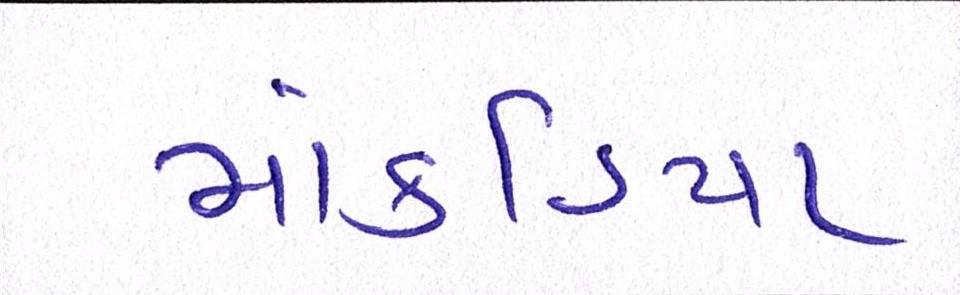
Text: માંકડિયા